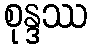
စုန္ဒဿ